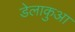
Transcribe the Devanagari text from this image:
डेलाकुआ